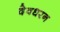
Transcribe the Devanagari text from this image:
देवधरन